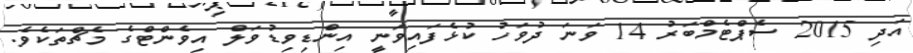
އަދި 2015 ސެޕްޓެމްބަރު 14 ވަނަ ދުވަހު ކުޅެފައިވަނީ އިންޑިވިޑުވަލް އިވެންޓްގެ މެޗްތަކެވެ.